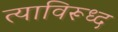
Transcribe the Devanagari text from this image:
त्याविरूध्द